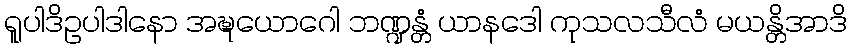
ရူပါဒိဥပါဒါနော အဍ္ဎယောဂေါ ဘဏ္ဍန္တံ ယာနဒေါ ကုသလသီလံ မယန္တိအာဒိ